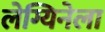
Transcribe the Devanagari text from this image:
लेग्यिनेला